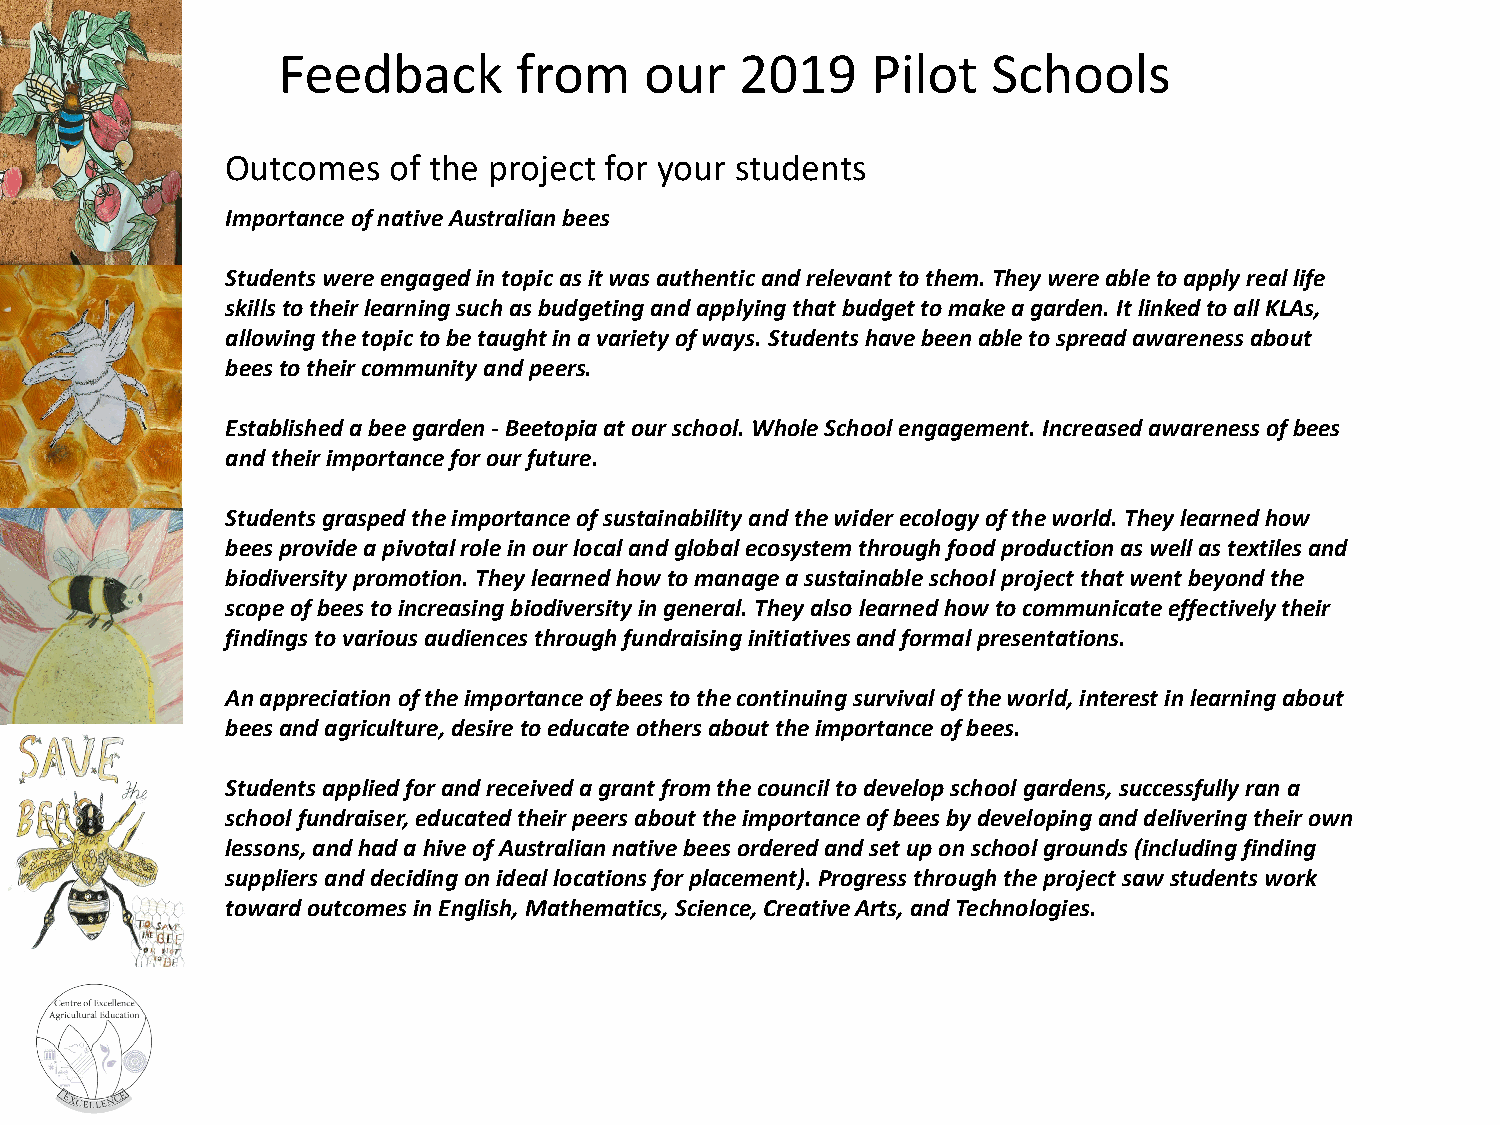
Feedback        from     our   2019     Pilot   Schools
 Outcomes   of the project for your students
 Importance of native Australian bees
 Students were engaged in topic as it was authentic and relevant to them. They were able to apply real life
 skills to their learning such as budgeting and applying that budget to make a garden. It linked to all KLAs,
 allowing the topic to be taught in a variety of ways. Students have been able to spread awareness about
 bees to their community and peers.
 Established a bee garden -Beetopiaat our school. Whole School engagement. Increased awareness of bees
 and their importance for our future.
 Students grasped the importance of sustainability and the wider ecology of the world. They learned how
 bees provide a pivotal role in our local and global ecosystem through food production as well as textiles and
 biodiversity promotion. They learned how to manage a sustainable school project that went beyond the
 scope of bees to increasing biodiversity in general. They also learned how to communicate effectively their
 findings to various audiences through fundraising initiatives and formal presentations.
 An appreciation of the importance of bees to the continuing survival of the world, interest in learning about
 bees and agriculture, desire to educate others about the importance of bees.
 Students applied for and received a grant from the council to develop school gardens, successfully ran a
 school fundraiser, educated their peers about the importance of bees by developing and delivering their own
 lessons, and had a hive of Australian native bees ordered and set up on school grounds (including finding
 suppliers and deciding on ideal locations for placement). Progress through the project saw students work
 toward outcomes in English, Mathematics, Science, Creative Arts, and Technologies.